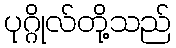
ပုဂ္ဂိုလ်တို့သည်